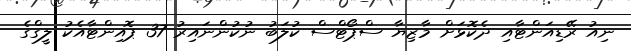
ނިއު ރޭޑިއަންޓާއި ދެކޮޅަށް މާޒިޔާ ސްޕޯޓްސް ކުލަބު ނުކުންނައިރު 37 ޕޮއިންޓާއެކު ލީގްގެ